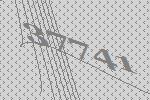
37741